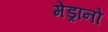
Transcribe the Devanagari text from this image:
मेड्रानो